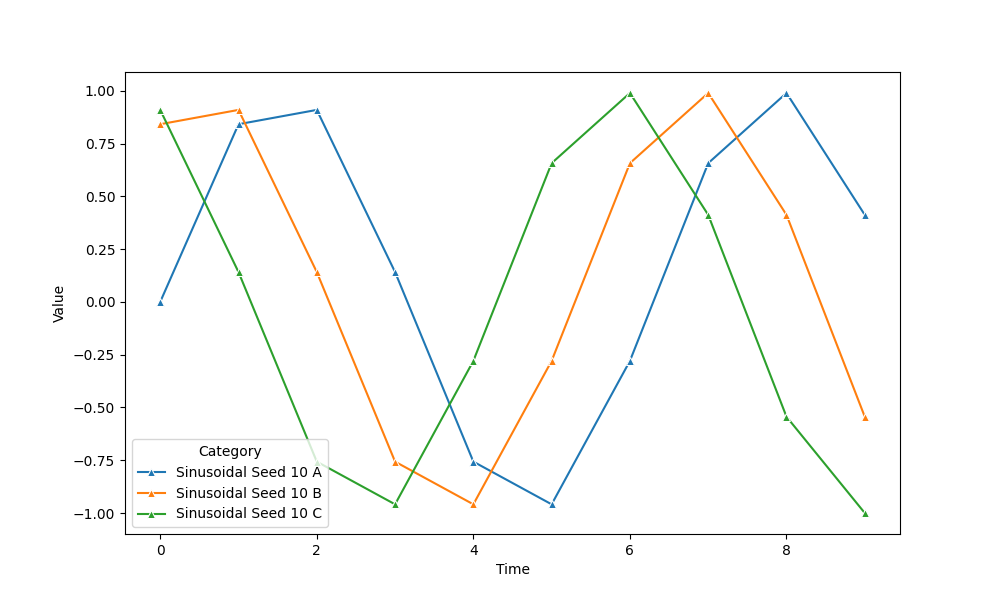
python, seaborn, lineplot, style='solid', marker='^'